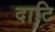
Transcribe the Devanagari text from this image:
दाटि